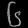
Digit: ၆